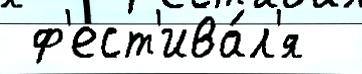
 ф'ест'ива́л'я